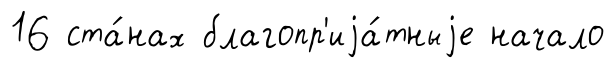
16 ста́нах благопр'иjа́тныjе начало